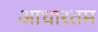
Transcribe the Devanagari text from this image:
आधारतम